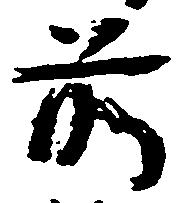
前